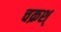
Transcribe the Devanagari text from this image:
चक्रश्